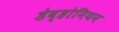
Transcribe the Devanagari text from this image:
डेव्होनियन